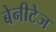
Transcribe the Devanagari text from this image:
बेनीटेज